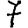
Digit: 7